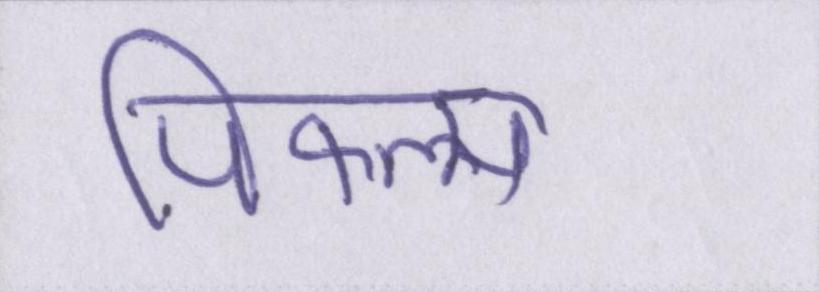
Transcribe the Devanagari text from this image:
पिफल्म